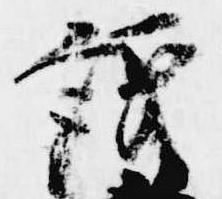
議